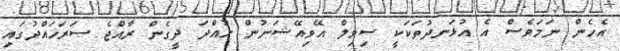
އެހެން ނަމަވެސް އެ އުޅަނދުތަކަކީ ސިވިލް އޭވިއޭޝަނުން ހުއްދަ ދީގެން ރާއްޖެ ސަރަހައްދުގައި